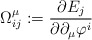
\begin{align*}\Omega ^{\mu }_{ij}:=\frac{\partial E_{j}}{\partial \partial_{\mu }\varphi^{i}}\end{align*}